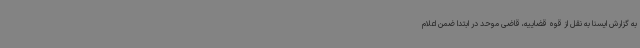
به گزارش ایسنا به نقل از قوه قضاییه، قاضی موحد در ابتدا ضمن اعلام